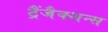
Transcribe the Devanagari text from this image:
ट्रैंजैक्शन्स